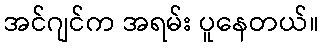
အင်ဂျင်က အရမ်း ပူနေတယ်။